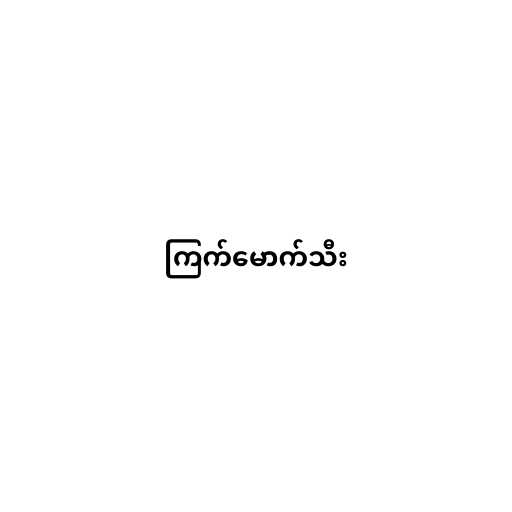
ကြက်မောက်သီး